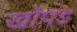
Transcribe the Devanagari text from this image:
खोपड